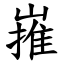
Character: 嶊